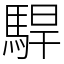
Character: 駻